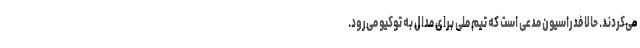
می‌کردند. حالا فدراسیون مدعی است که تیم ملی برای مدال به توکیو می‌رود.